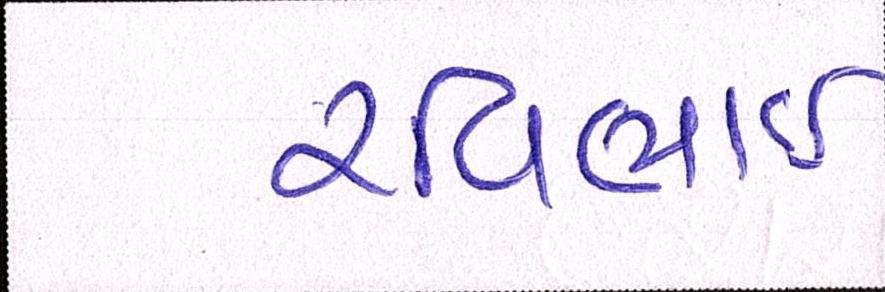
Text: રવિભાઇ